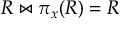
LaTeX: R \bowtie \pi _ { x } ( R ) = R